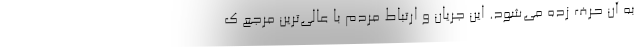
به آن حرف زده می‌شود. این جریان و ارتباط مردم با عالی‌ترین مرجع ک